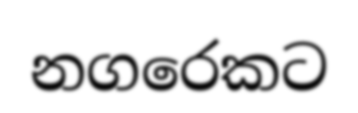
නගරෙකට